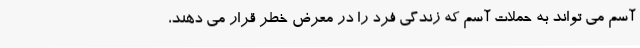
آسم می تواند به حملات آسم که زندگی فرد را در معرض خطر قرار می دهند،